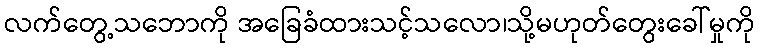
လက်တွေ့သဘောကို အခြေခံထားသင့်သလော၊သို့မဟုတ်တွေးခေါ်မှုကို